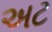
અટ